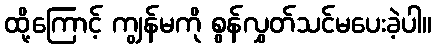
ထို့ကြောင့် ကျွန်မကို စွန်လွှတ်သင်မပေးခဲ့ပါ။